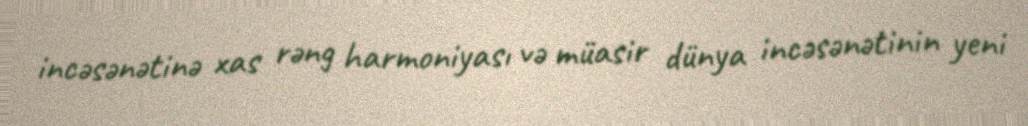
incəsənətinə xas rəng harmoniyası və müasir dünya incəsənətinin yeni